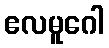
ဧလမူဂေါ